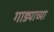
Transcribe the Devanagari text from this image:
गाड्याच्या